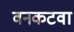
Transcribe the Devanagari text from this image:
वनकटवा